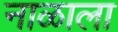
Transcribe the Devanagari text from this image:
नाळाला